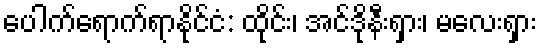
ပေါက်ရောက်ရာနိုင်ငံ: ထိုင်း၊ အင်ဒိုနီးရှား၊ မလေးရှား